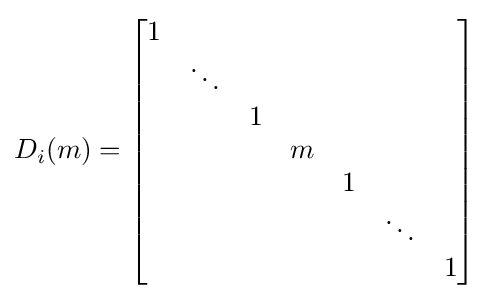
D_{i}(m)={\begin{bmatrix}1&&&&&&\\&\ddots &&&&&\\&&1&&&&\\&&&m&&&\\&&&&1&&\\&&&&&\ddots &\\&&&&&&1\end{bmatrix}}